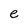
Character: e